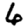
Digit: 6